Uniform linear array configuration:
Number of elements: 4
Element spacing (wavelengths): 0.75
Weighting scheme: cosine
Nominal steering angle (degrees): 15
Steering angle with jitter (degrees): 15.867
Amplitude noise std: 0.05
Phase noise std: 0.05

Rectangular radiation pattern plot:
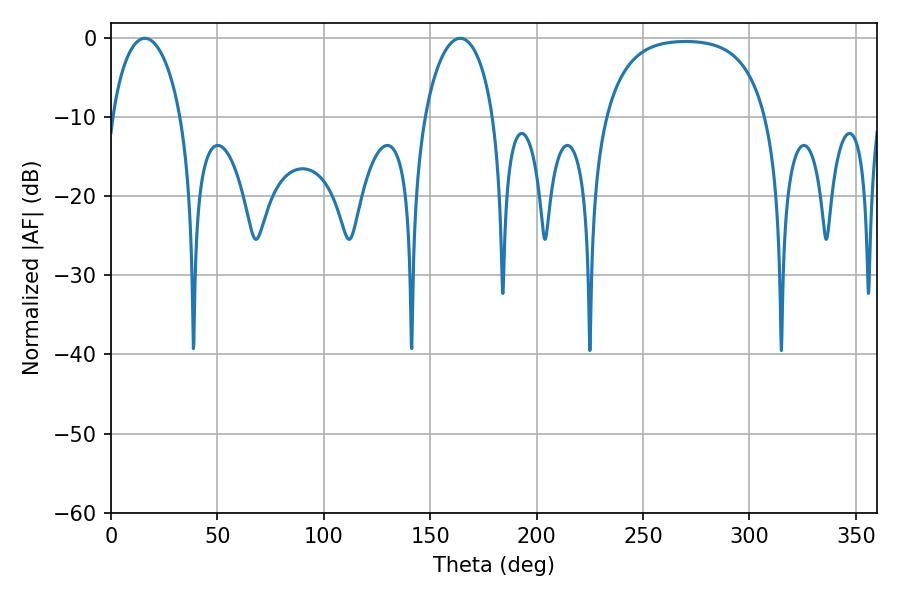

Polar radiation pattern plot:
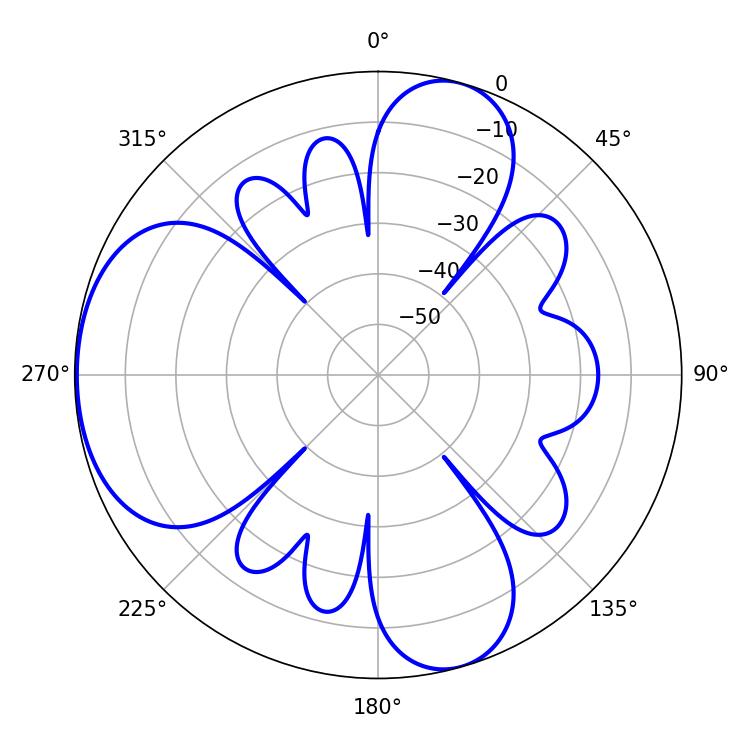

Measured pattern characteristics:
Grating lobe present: TRUE
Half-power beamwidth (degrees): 18.54
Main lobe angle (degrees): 164.16